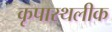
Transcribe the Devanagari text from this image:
कृपास्थलीक